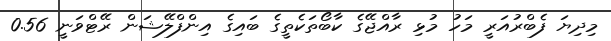
މިދިޔަ ފެބްރުއަރީ މަހު މުޅި ރާއްޖޭގެ ކާބޯތަކެތީގެ ބައިގެ އިންފްލޭޝަން ރޭޓްވަނީ 0.56